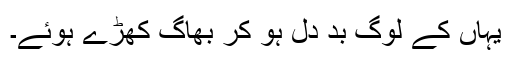
یہاں کے لوگ بد دل ہو کر بھاگ کھڑے ہوئے۔